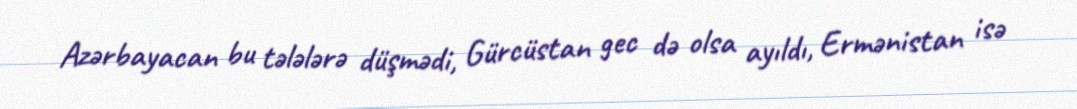
Azərbayacan bu tələlərə düşmədi, Gürcüstan gec də olsa ayıldı, Ermənistan isə